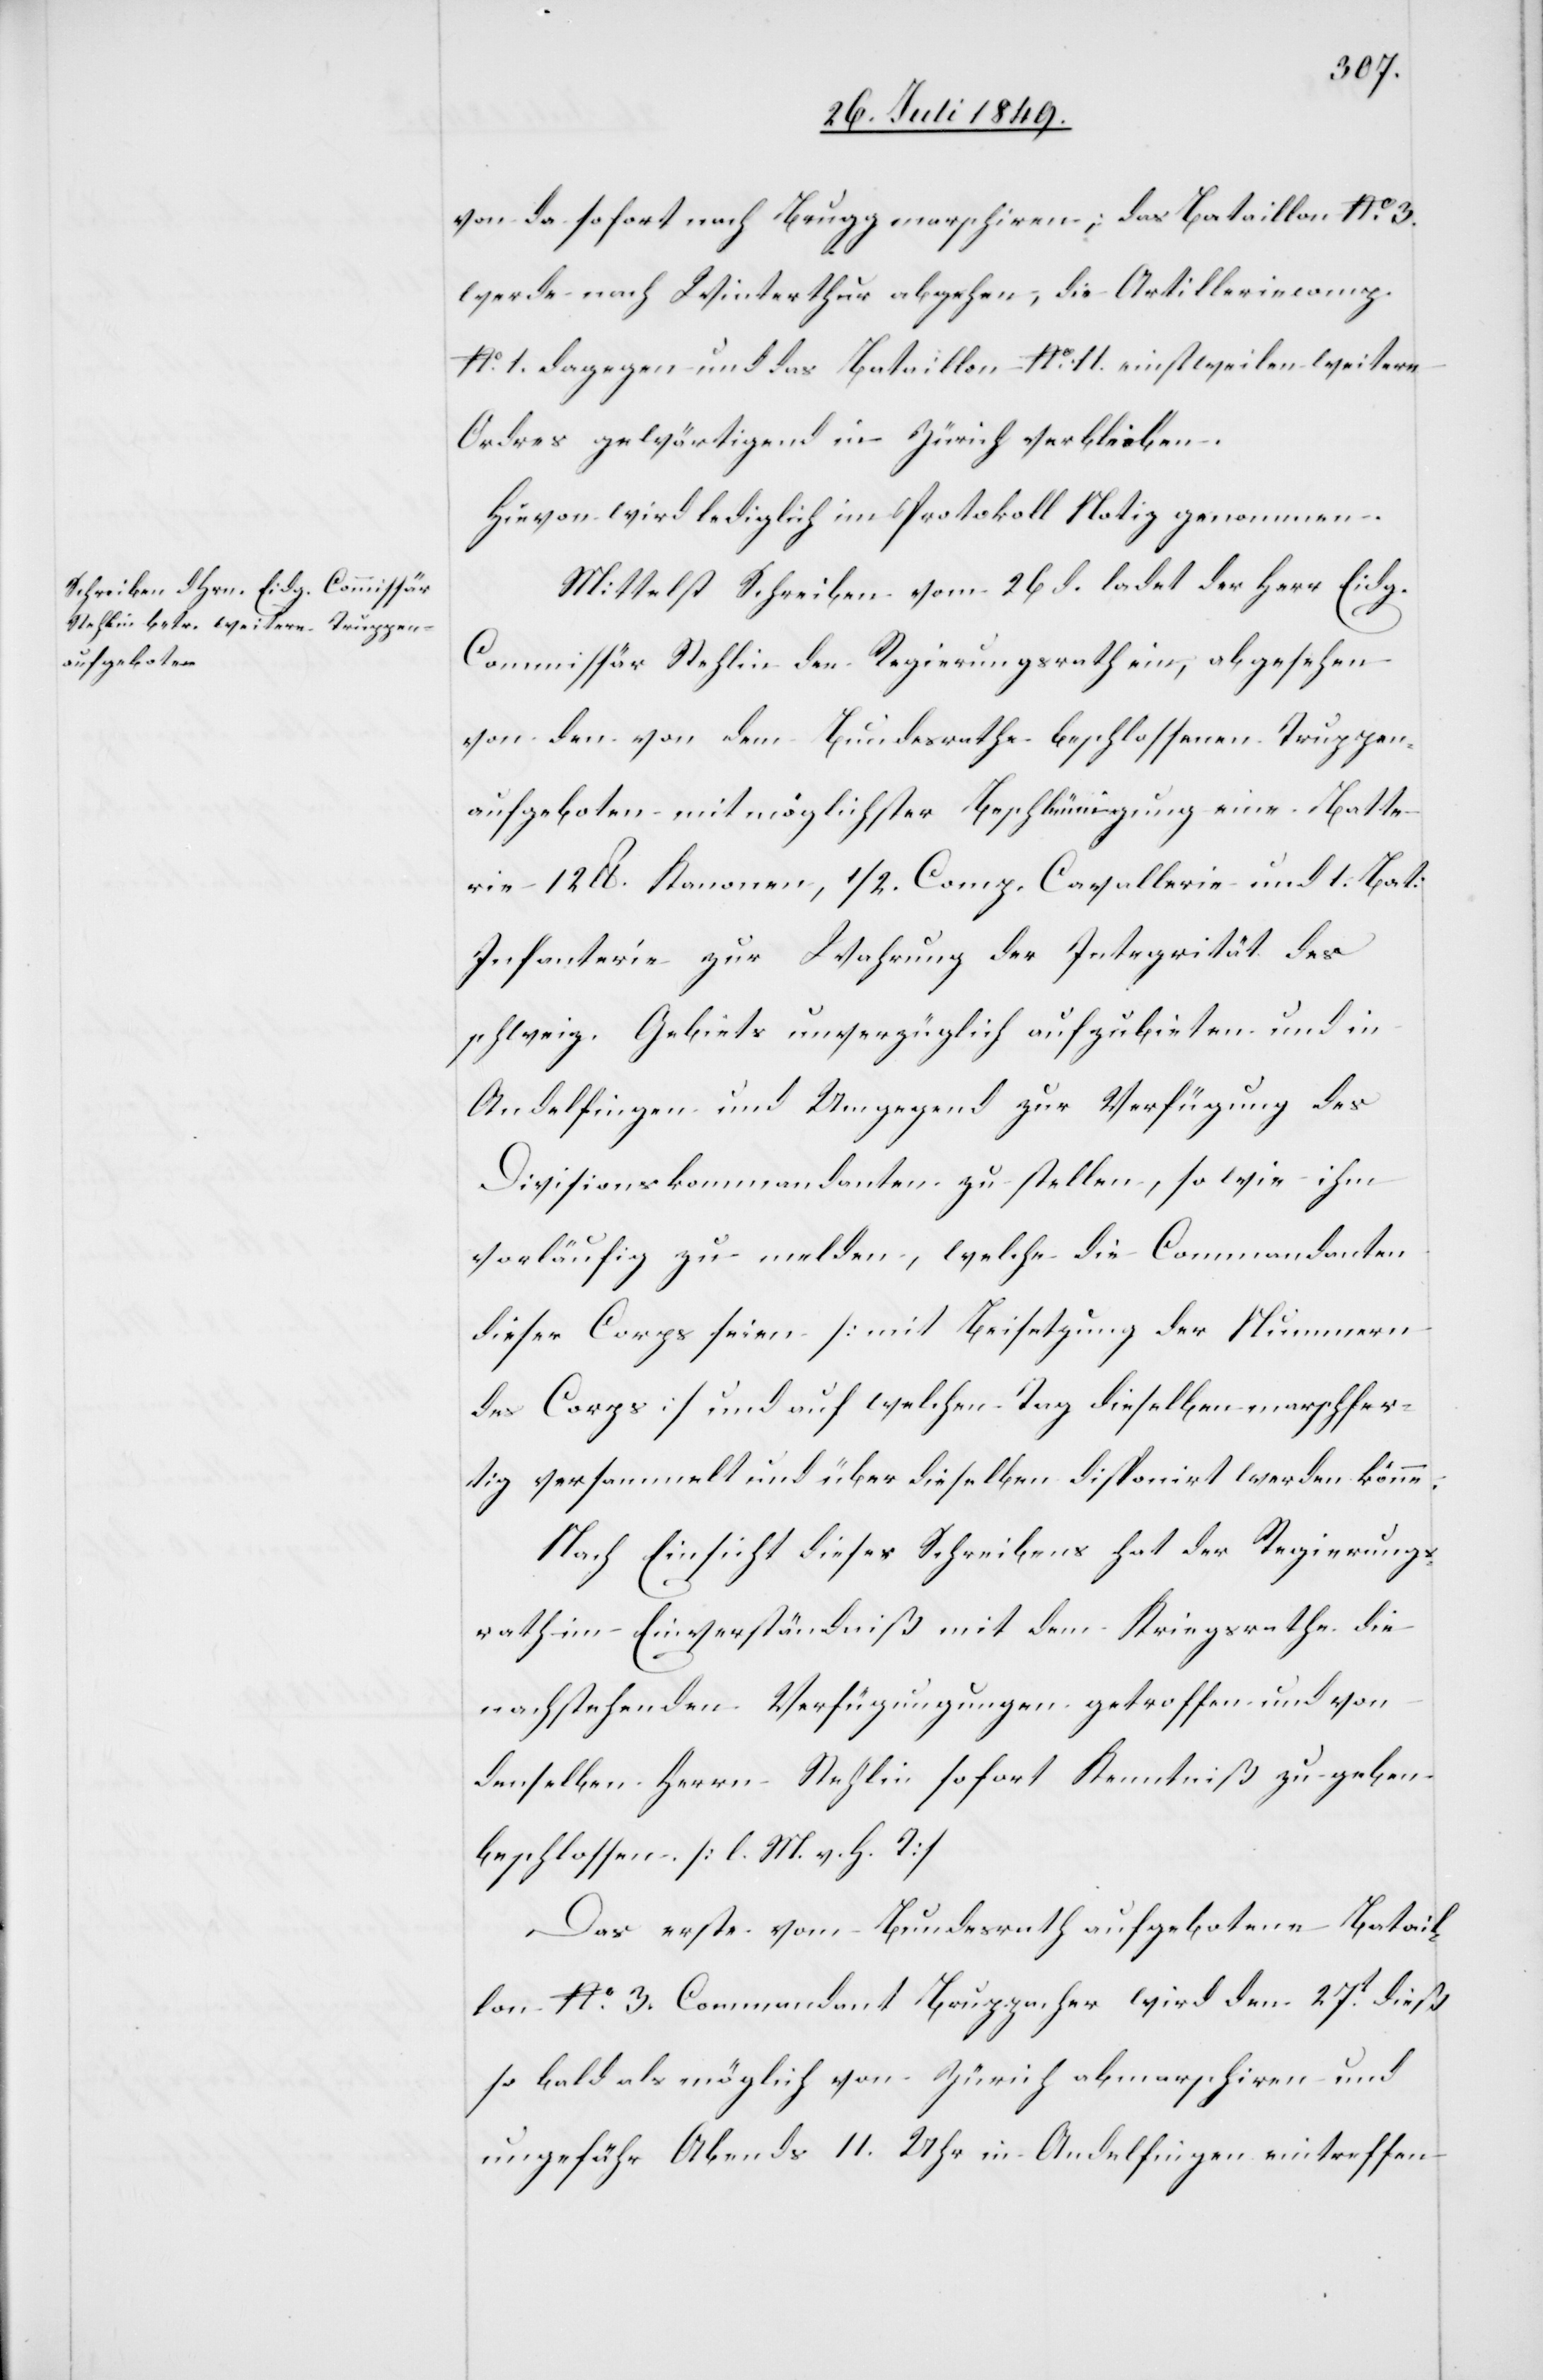
26. Juli 1849.]
von da sofort nach Brugg marschiren; das Bataillon No. 3.
werde nach Winterthur abgehen, die Artilleriecomp.
No. 1. dagegen und das Bataillon No. 11. einstweilen weitere
Ordres gewärtigend in Zürich verbleiben.
Hievon wird lediglich im Protokoll Notiz genommen.
Mittelst Schreiben vom 26d. ladet der Herr Eidg.
Commissär Stehlin den Regierungsrath ein, abgesehen
von den von dem Bundesrathe beschlossenen Truppen¬
aufgeboten mit möglichster Beschleunigung eine Batte¬
rie 12lb Kanonen, 1/2. Comp. Cavallerie und 1. Bat:
Infanterie zur Wahrung der Integrität des
schweiz. Gebiets unverzüglich aufzubieten und in
Andelfingen und Umgegend zur Verfügung des
Divisionskommandanten zu stellen, so wie ihm
vorläufig zu melden, welche die Commandanten
dieser Corps seien [mit Beisetzung der Nummern
des Corps] und auf welchen Tag dieselben marschfer¬
tig versammelt und über dieselben disponirt werden könne.
Nach Einsicht dieses Schreibens hat der Regierungs¬
rath im Einverständniß mit dem Kriegsrathe die
nachstehenden Verfügungen getroffen und von
denselben Herrn Stehlin sofort Kenntniß zu geben
beschlossen [l. M. v. h. T]
Das erste vom Bundesrath aufgebotene Batail¬
lon No. 3. Commandant Bruppacher wird den 27t dieß
so bald als möglich von Zürich abmarschiren und
ungefähr Abends 11. Uhr in Andelfingen eintreffen